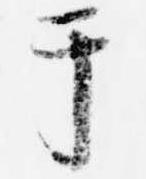
于